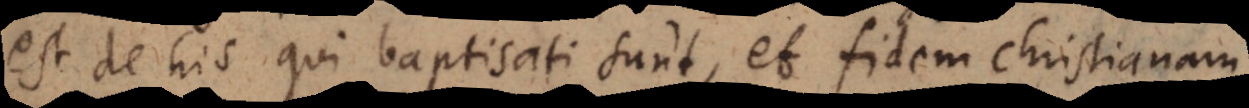
est de his qui baptisati sunt, et fidem Christianam